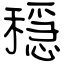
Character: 穏